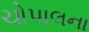
ચોપાલના